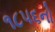
૧૮૫૬નો